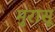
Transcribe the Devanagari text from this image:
मुरासू